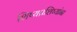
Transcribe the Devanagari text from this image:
शिष्यप्रशिष्यांना